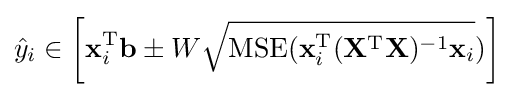
{\hat {y}}_{i}\in \left[\mathbf {x} _{i}^{\rm {T}}\mathbf {b} \pm W{\sqrt {\operatorname {MSE} (\mathbf {x} _{i}^{\rm {T}}(\mathbf {X} ^{\rm {T}}\mathbf {X} )^{-1}\mathbf {x} _{i}}})\right]